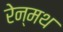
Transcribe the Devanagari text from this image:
रेन्मथ